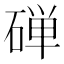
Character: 䃅